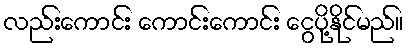
လည်းကောင်း ကောင်းကောင်း ငွေပို့နိုင်မည်။